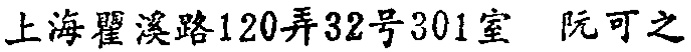
上海瞿溪路120弄32号301室 阮可之